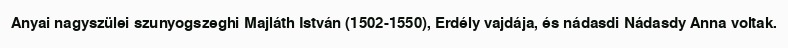
Anyai nagyszülei szunyogszeghi Majláth István (1502-1550), Erdély vajdája, és nádasdi Nádasdy Anna voltak.